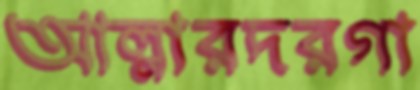
আল্লারদরগা